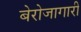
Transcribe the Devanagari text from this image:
बेरोजागारी